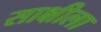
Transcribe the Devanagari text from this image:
साक्षीला